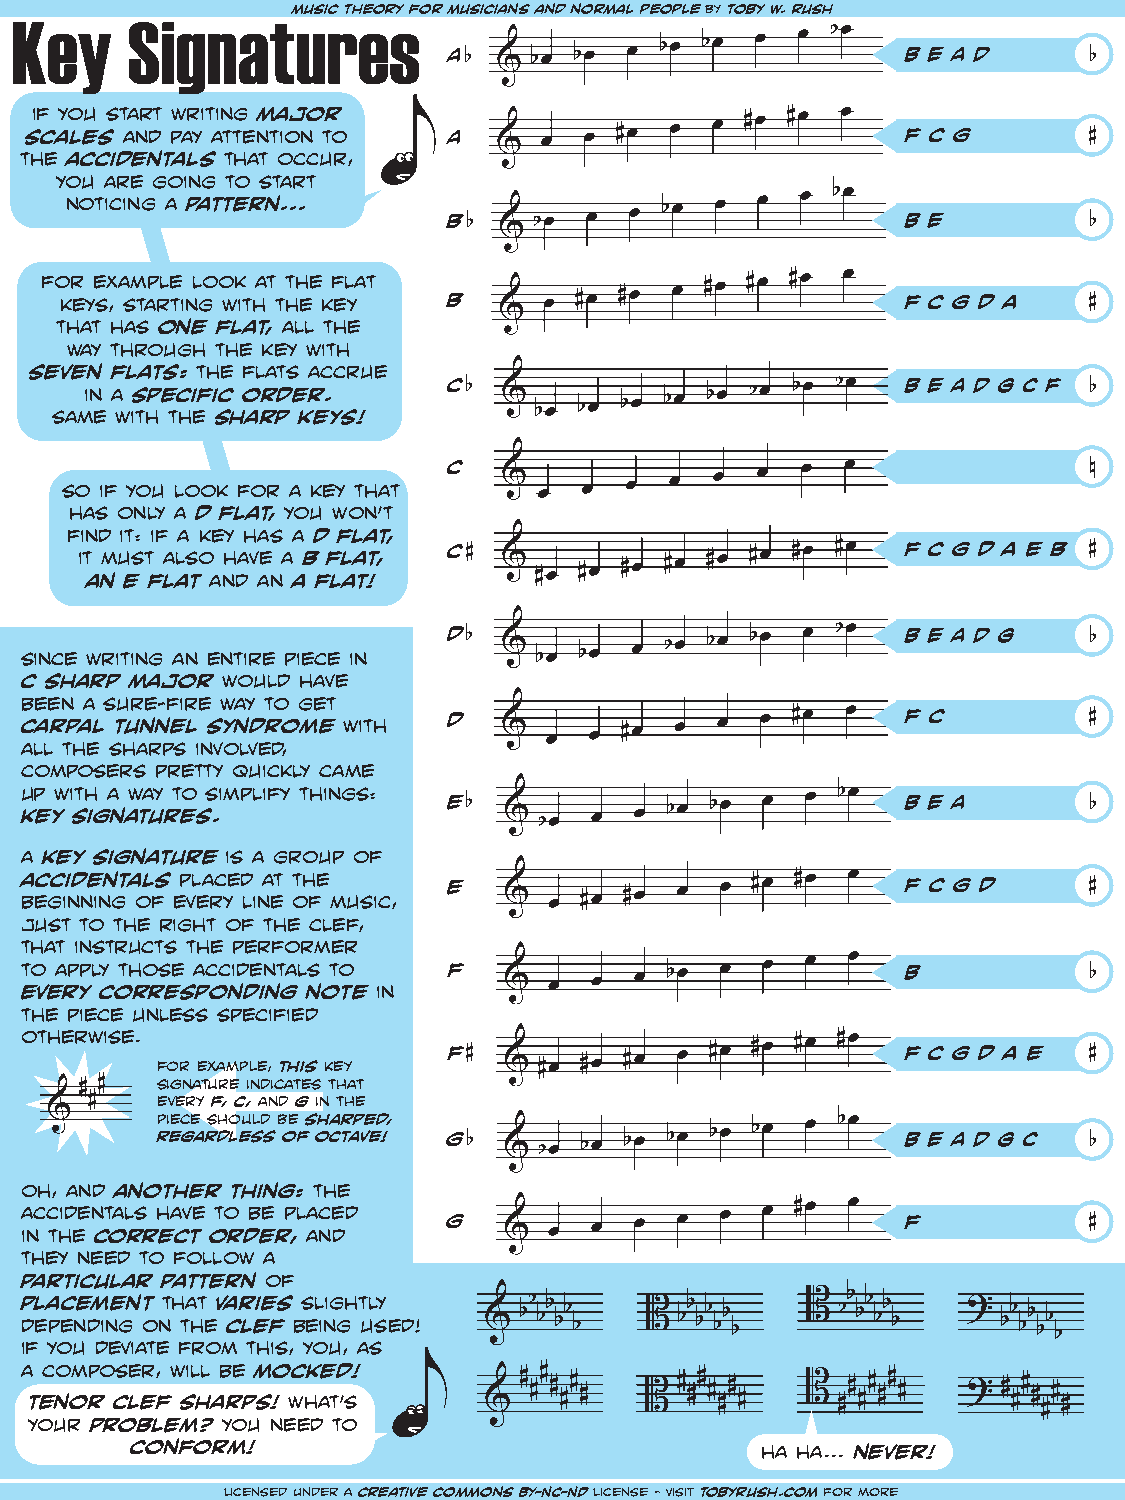
Key    Signatmuusirc  theeorsy for musicians and normal people by toby w. rush
 A                             B E A D
 b                                        b
 if you start writing major
 scales and pay attention to A                             f c g       #
 the accidentals that occur,
 you are going to start
 noticing a pattern...
 b                             B E
 b                                        b
 for example look at the flat
 keys, starting with the key b                           f c g d a   #
 that has one flat, all the
 way through the key with
 seven flats: the flats accrue
 c                             B E A D G C F
 in a specific order.     b                                        b
 same with the sharp keys!
 c
 n
 so if you look for a key that
 has only a d flat, you won’t
 find it: if a key has a d flat,
 it must also have a b flat, c #                        f c g d a e b #
 an e flat and an a flat!
 d                             B E A D G
 b                                        b
 since writing an entire piece in
 c sharp major would have
 been a sure-fire way to get
 carpal tunnel syndrome with  d                             f c         #
 all the sharps involved,
 composers pretty quickly came
 up with a way to simplify things:
 e                             B E A
 key signatures.               b                                        b
 a key signature is a group of
 accidentals placed at the    e                             f c g d     #
 beginning of every line of music,
 just to the right of the clef,
 that instructs the performer
 to apply those accidentals to f                            B
 b
 every corresponding note in
 the piece unless specified
 otherwise.
 f                             f c g d a e
 #                                        #
 for example, this key
 signature indicates that
 every f, c, and g in the
 piece should be sharped,
 regardless of octave! g                           B E A D G C
 b                                        b
 oh, and another thing: the
 accidentals have to be placed
 g                             f
 in the correct order, and                                              #
 they need to follow a
 particular pattern of
 placement that varies slightly
 depending on the clef being used!
 if you deviate from this, you, as
 a composer, will be mocked!
 tenor clef sharps! what’s
 your problem? you need to
 conform!                                 ha ha... never!
 licensed under a creative commons BY-NC-ND license - visit tobyrush.com for more